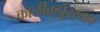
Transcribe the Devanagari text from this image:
कालीकर्पूरस्तव